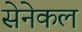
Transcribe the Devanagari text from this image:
सेनेकल